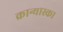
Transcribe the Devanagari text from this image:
क्रान्यास्का